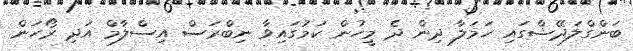
ބަންގްލަދޭޝްގައި ހަމަލާ ދިން ދެ މީހުން ކަމުގައިވާ ނިބްރަސް އިސްލާމް އަދި ރޯހަން